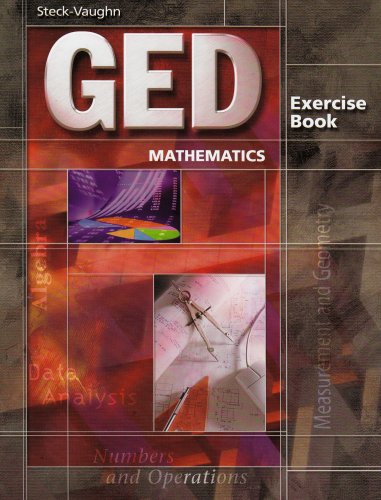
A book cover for GED Exercise Books: Student Workbook Mathematics; STECK-VAUGHN; Test Preparation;